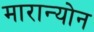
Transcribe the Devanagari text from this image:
मारान्योन